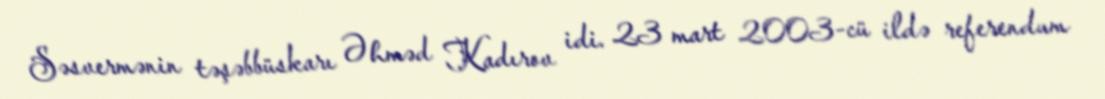
Səsvermənin təşəbbüskarı Əhməd Kadırov idi. 23 mart 2003-cü ildə referendum